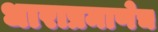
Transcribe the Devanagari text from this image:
धाराप्रमाणेच